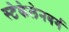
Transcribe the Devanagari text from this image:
स्टेकेलेनबर्ग